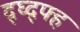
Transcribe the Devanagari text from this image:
द्घ्द्फ्ह